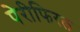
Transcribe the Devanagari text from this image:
पेरीफिरल